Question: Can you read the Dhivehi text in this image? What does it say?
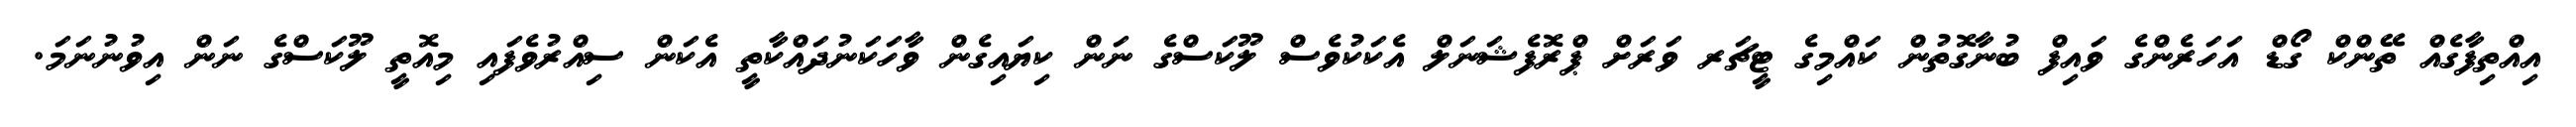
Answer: އިއްތިފާގެއް ތޭންކް ގޯޑް އަހަރެންގެ ވައިފް ބުނާގޮތުން ކައްމިގެ ޓީޗަރ ވަރަށް ޕްރޮފެޝަނަލް އެކަކުވެސް ލޫކަސްގެ ނަން ކިޔައިގެން ވާހަކަނުދައްކާތީ އެކަން ސިއްރުވެފައި މިއޮތީ ލޫކަސްގެ ނަން އިވުނުނަމަ.